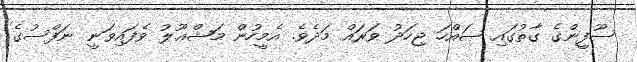
ސޫފީންގެ ގާތުގައި ޞައްހަ ޖިހަދު ވަރައް މަދެވެ. އެމީހުން މަޝްޢޫލު ވެފައިވަނީ ނަފްސުގެ